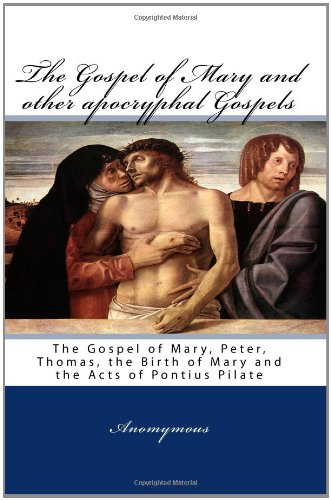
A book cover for The Gospel Of Mary And Other Apocryphal Gospels: The Gospel Of Mary, Peter, Thomas, The Birth Of Mary And The Acts Of Pontius Pilate; Anomymous; Christian Books & Bibles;